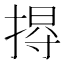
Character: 𢰐